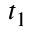
t _ { 1 }